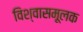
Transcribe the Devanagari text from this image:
विश्वासमूलक